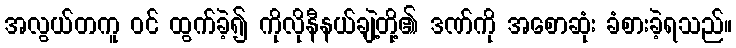
အလွယ်တကူ ဝင် ထွက်ခဲ့၍ ကိုလိုနီနယ်ချဲ့တို့၏ ဒဏ်ကို အစောဆုံး ခံစားခဲ့ရသည်။